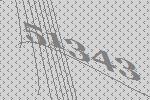
51343